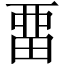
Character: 畱